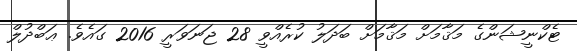
ޓެކްނީޝަންގެ މަޤާމަށް މަޤާމަށް ބަދަލު ކުރެއްވީ 28 ޖަނަވަރީ 2016 ގައެވެ. ޢަބްދުލް